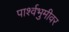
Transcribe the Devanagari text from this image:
पार्श्वभुमीवर